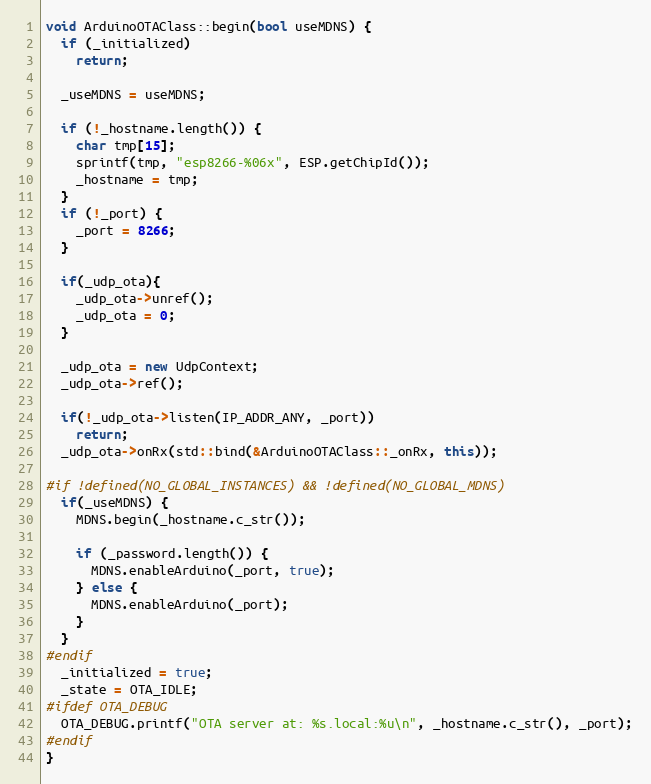
Language: C++
void ArduinoOTAClass::begin(bool useMDNS) {
  if (_initialized)
    return;

  _useMDNS = useMDNS;

  if (!_hostname.length()) {
    char tmp[15];
    sprintf(tmp, "esp8266-%06x", ESP.getChipId());
    _hostname = tmp;
  }
  if (!_port) {
    _port = 8266;
  }

  if(_udp_ota){
    _udp_ota->unref();
    _udp_ota = 0;
  }

  _udp_ota = new UdpContext;
  _udp_ota->ref();

  if(!_udp_ota->listen(IP_ADDR_ANY, _port))
    return;
  _udp_ota->onRx(std::bind(&ArduinoOTAClass::_onRx, this));

#if !defined(NO_GLOBAL_INSTANCES) && !defined(NO_GLOBAL_MDNS)
  if(_useMDNS) {
    MDNS.begin(_hostname.c_str());

    if (_password.length()) {
      MDNS.enableArduino(_port, true);
    } else {
      MDNS.enableArduino(_port);
    }
  }
#endif
  _initialized = true;
  _state = OTA_IDLE;
#ifdef OTA_DEBUG
  OTA_DEBUG.printf("OTA server at: %s.local:%u\n", _hostname.c_str(), _port);
#endif
}